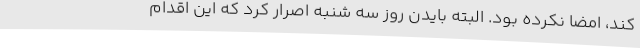
کند، امضا نکرده بود. البته بایدن روز سه شنبه اصرار کرد که این اقدام